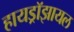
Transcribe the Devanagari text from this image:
हायड्रॉझायल